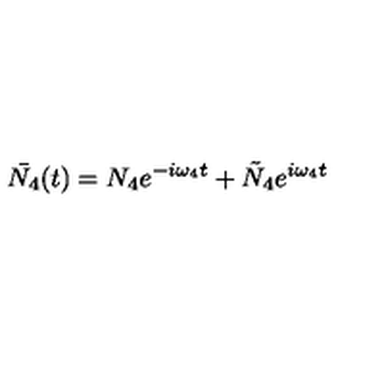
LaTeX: \bar { N _ { 4 } } ( t ) = N _ { 4 } e ^ { - i \omega _ { 4 } t } + \tilde { N } _ { 4 } e ^ { i \omega _ { 4 } t }